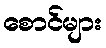
စောင်များ